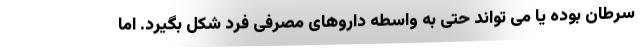
سرطان بوده یا می تواند حتی به واسطه داروهای مصرفی فرد شکل بگیرد. اما